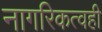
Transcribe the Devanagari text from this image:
नागरिकत्वही